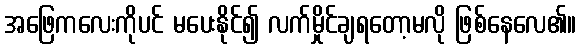
အဖြေကလေးကိုပင် မပေးနိုင်၍ လက်မှိုင်ချရတော့မလို ဖြစ်နေလေ၏။